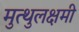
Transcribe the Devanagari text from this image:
मुत्थुलक्षमी